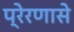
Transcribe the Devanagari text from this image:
प्रेरणासे